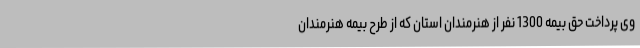
وی پرداخت حق بیمه 1300 نفر از هنرمندان استان که از طرح بیمه هنرمندان